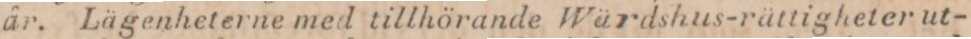
år. Lägenheterne med tillhörande Wärdshus-rättigheter ut-